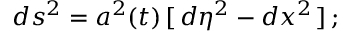
d s ^ { 2 } = a ^ { 2 } ( t ) \, [ \, d { \eta } ^ { 2 } - d x ^ { 2 } \, ] \, ;